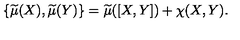
\{ \widetilde { \mu } ( X ) , \widetilde { \mu } ( Y ) \} = \widetilde { \mu } ( [ X , Y ] ) + \chi ( X , Y ) .